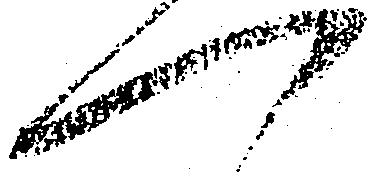
へ